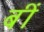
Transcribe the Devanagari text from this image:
बीं